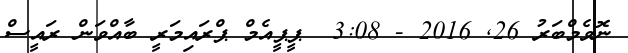
ނޮވެމްބަރު 26